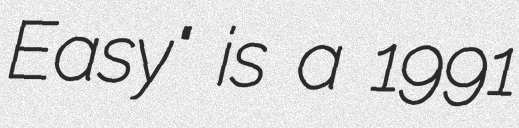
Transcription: Easy" is a 1991